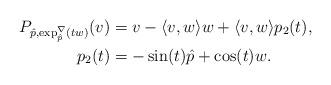
LaTeX: \begin{align*} P_{\hat p, \exp_{\hat p}^{\nabla}(tw)}(v) & = v - \langle v, w \rangle w + \langle v, w \rangle p_2(t), \\ p_2(t) & = - \sin(t) \hat p + \cos(t) w.\end{align*}